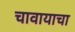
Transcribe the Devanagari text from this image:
चावायाचा